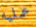
عمليه